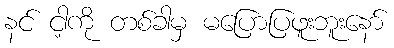
နင် ငါ့ကို တစ်ခါမှ မပြောပြဖူးဘူးနော်